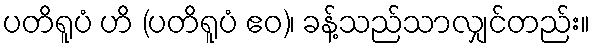
ပတိရူပံ ဟိ (ပတိရူပံ ဧဝ)၊ ခန့်သည်သာလျှင်တည်း။